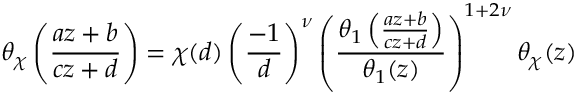
\theta _ { \chi } \left( { \frac { a z + b } { c z + d } } \right) = \chi ( d ) \left( { \frac { - 1 } { d } } \right) ^ { \nu } \left( { \frac { \theta _ { 1 } \left( { \frac { a z + b } { c z + d } } \right) } { \theta _ { 1 } ( z ) } } \right) ^ { 1 + 2 \nu } \theta _ { \chi } ( z )